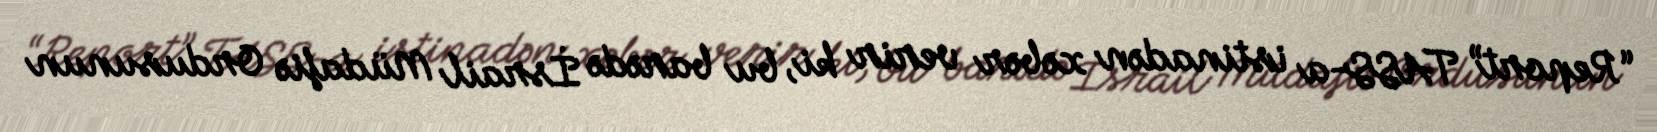
“Report” TASS-a istinadən xəbər verir ki, bu barədə İsrail Müdafiə Ordusunun